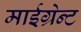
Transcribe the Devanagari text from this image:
माईग्रेन्ट